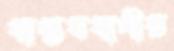
বাস্তববাদীর